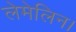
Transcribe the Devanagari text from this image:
लेमेलिन।